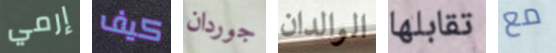
إرمي كيف جوردان الوالدان تقابلها مع